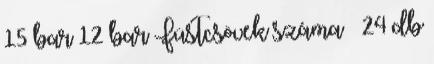
15 bar 12 bar Füstcsövek száma – 24 db